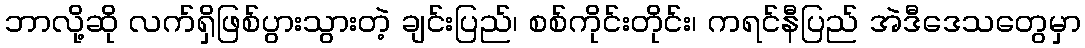
ဘာလို့ဆို လက်ရှိဖြစ်ပွားသွားတဲ့ ချင်းပြည်၊ စစ်ကိုင်းတိုင်း၊ ကရင်နီပြည် အဲဒီဒေသတွေမှာ